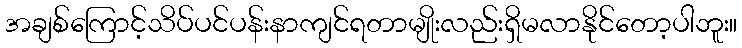
အချစ်ကြောင့်သိပ်ပင်ပန်းနာကျင်ရတာမျိုးလည်းရှိမလာနိုင်တော့ပါဘူး။